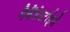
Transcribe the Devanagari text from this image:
गैबैंडेर्स्टाइने